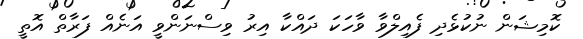
ކޮމިޝަން ނުކުޅެދި ފެއިލްވާ ވާހަކަ ދައްކާ އިރު ވިސްނަންވީ އަނެއް ފަރާތް އޮތީ